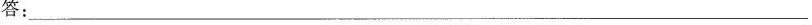
答：___